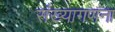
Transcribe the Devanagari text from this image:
संख्यागणना